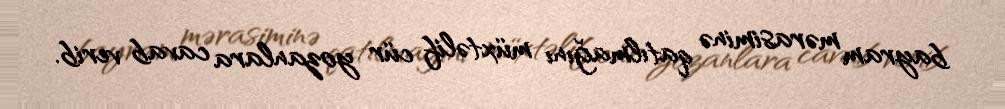
bayram mərasiminə qatılmağını müxtəlif cür yozanlara cavab verib.